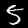
Digit: 5